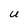
Character: U